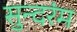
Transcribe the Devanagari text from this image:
सुन्दरंम